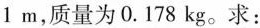
1m，质量为0.178kg。求：